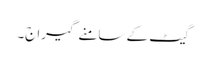
گیٹ کے سامنے گیراج۔